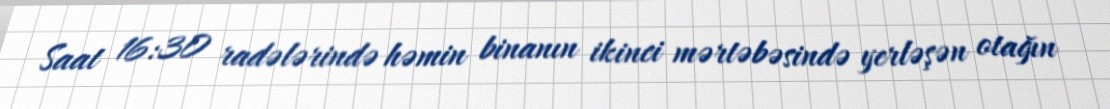
Saat 16:30 radələrində həmin binanın ikinci mərtəbəsində yerləşən otağın